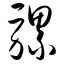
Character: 骡